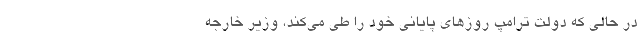
در حالی که دولت ترامپ روزهای پایانی خود را طی می‌کند، وزیر خارجه